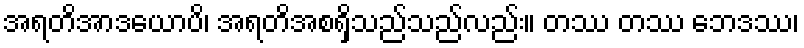
အရတိအာဒယောပိ၊ အရတိအစရှိသည်သည်လည်း။ တဿ တဿ ဘေဒဿ၊